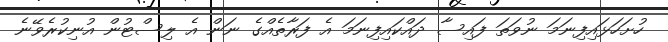
ހުށަހަޅައިފިނަމަ ނުވަތަ ފައިސާ ދައްކައިފިނަމަ އެ ފަރާތެއްގެ ނަން އެ ލިސްޓުން އުނިކުރެވޭނެ